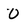
Character: 0